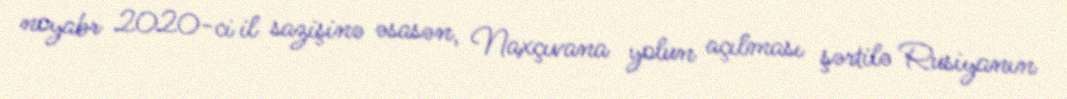
noyabr 2020-ci il sazişinə əsasən, Naxçıvana yolun açılması şərtilə Rusiyanın